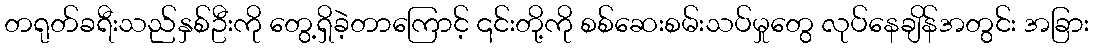
တရုတ်ခရီးသည်နှစ်ဦးကို တွေ့ရှိခဲ့တာကြောင့် ၎င်းတို့ကို စစ်ဆေးစမ်းသပ်မှုတွေ လုပ်နေချိန်အတွင်း အခြား